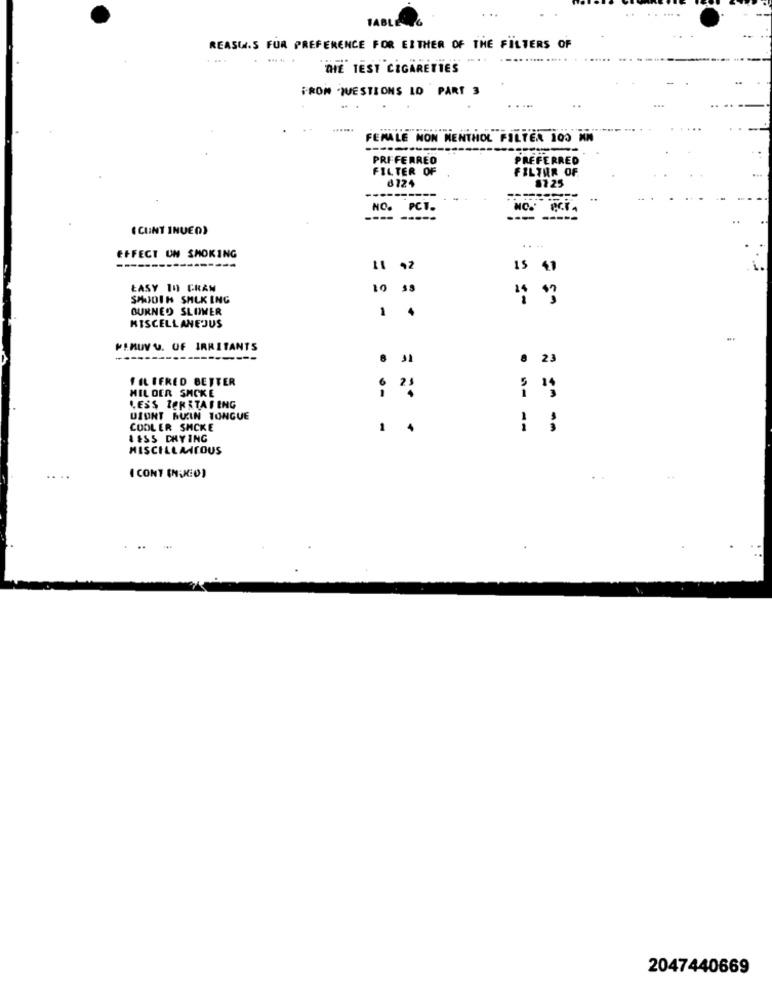
TABLE
REASW.S FUR PREFERENCE FOR EITHER OF THE FILTERS OF
THE TEST CIGARETTES
FROM 'QUESTIONS LO PART 3
.....
FEMALE NON MENTHOL FILTER 100 KM
PREFERRED
PREFERRED
FILTER OF
FILTER OF
6724
8125
NO. PCT.
P.C.T .
--- -----
( CUNT INUED)
....
EFFECT UN SMOKING
11 ,2
15 41
EASY In GRAM
10 38
SMOOTH SHLK ING
OURNED SLOWER
1 .
MISCELLANEOUS
PIMUY V. UF IRRITANTS
8 23
FILTERED BETTER
MILDER SHCKE
LESS ZER STATING
DIDNT RUIN TONGUE
COOLER SHCKE
-- -
= == ==
IESS DRY ING
MISCILLATOUS
( CONT (NJEO)
2047440669